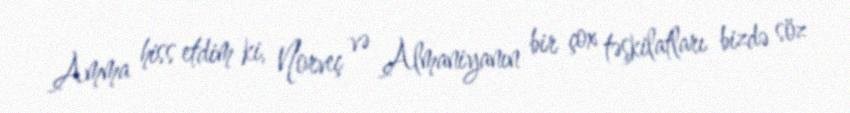
Amma hiss etdim ki, Norveç və Almaniyanın bir çox təşkilatları bizdə söz